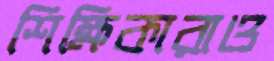
শিক্ষিকারাও